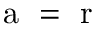
\mathrm { ~ a ~ } = \mathrm { ~ r ~ }